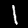
Digit: 1